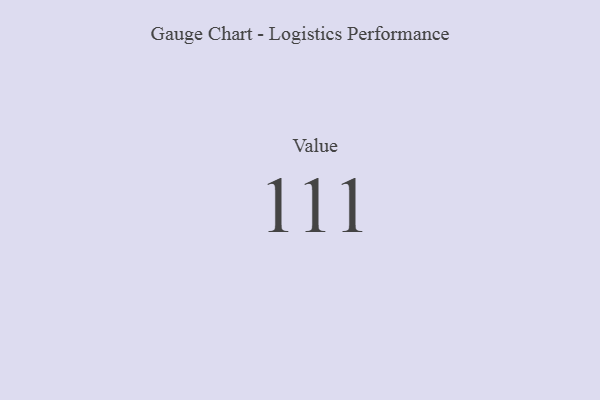
{"axis": {"x": "Metric", "y": "Value"}, "legend": [""], "data": [{"x": "Value", "y": 111, "type": ""}]}